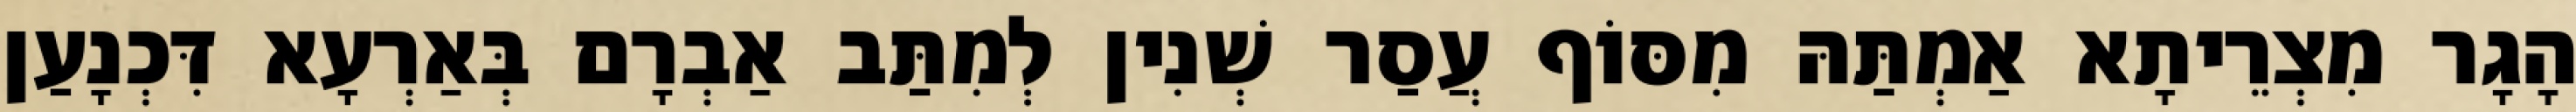
הָגָר מִצְרֵיתָא אַמְתַּהּ מִסּוֹף עֲסַר שְׁנִין לְמִתַּב אַבְרָם בְּאַרְעָא דִּכְנָעַן